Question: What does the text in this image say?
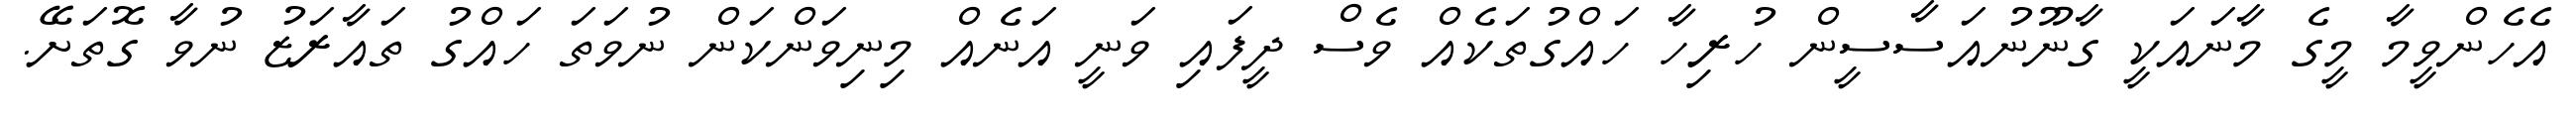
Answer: އެހެންވީމާ މީގެ މާނައަކީ ގާނޫނުއަސާސީން ހުރިހާ ހައްގުތަކެއް ވެސް ދީފައި ވަނީ އަނެއް މިނިވަންކަން ނުވަތަ ހައްގު ތައާރަޒު ނުވާ ގޮތަށޭ.